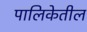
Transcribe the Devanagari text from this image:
पालिकेतील